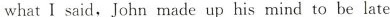
what I said, John made up his mind to be late